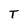
Character: T